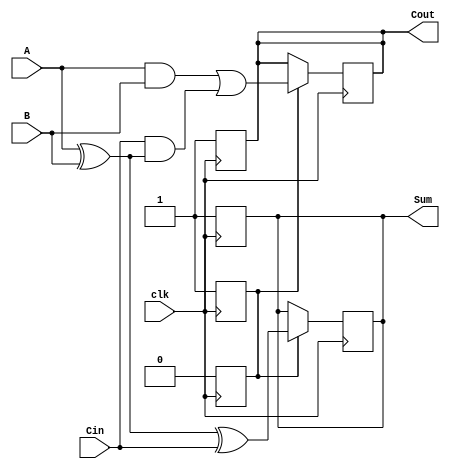
module DynamicFullAdder (
    input wire A,
    input wire B,
    input wire Cin,
    input wire clk,    // Clock for precharge/evaluation
    output reg Sum,
    output reg Cout
);
    reg precharge;

    always @ (posedge clk) begin
        // Precharge phase
        Sum <= 1'b1;
        Cout <= 1'b1;
        precharge <= 1'b1;
    end

    always @ (negedge clk) begin
        // Evaluation phase
        if (precharge) begin
            // Only evaluate if in evaluation phase
            Sum <= (A ^ B) ^ Cin; // Sum calculation: A  B  Cin
            Cout <= (A & B) | (Cin & (A ^ B)); // Carry-out calculation
            precharge <= 1'b0; // Set precharge to low, indicating evaluation is done
        end
    end

endmodule